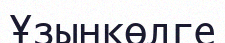
Ұзынкөлге